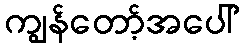
ကျွန်တော့်အပေါ်